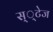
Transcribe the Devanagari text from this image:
स््टेज